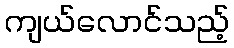
ကျယ်လောင်သည့်